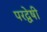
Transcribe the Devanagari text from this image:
परद्वेषी